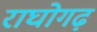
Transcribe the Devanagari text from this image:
राघोगढ़